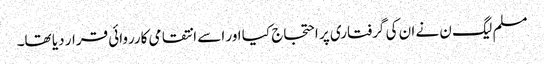
مسلم لیگ ن نے ان کی گرفتاری پر احتجاج کیا اور اسے انتقامی کارروائی قرار دیا تھا۔